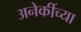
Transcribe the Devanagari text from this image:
अनेकींच्या